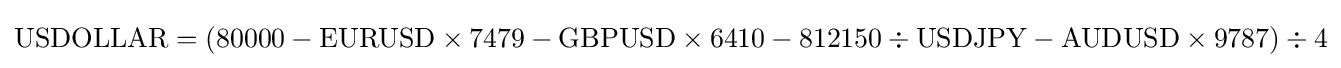
{\mbox{USDOLLAR}}=(80000-{\mbox{EURUSD}}\times 7479-{\mbox{GBPUSD}}\times 6410-812150\div {\mbox{USDJPY}}-{\mbox{AUDUSD}}\times 9787)\div 4